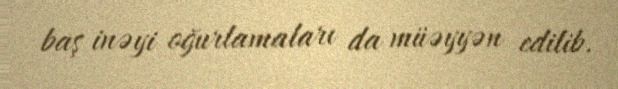
baş inəyi oğurlamaları da müəyyən edilib.